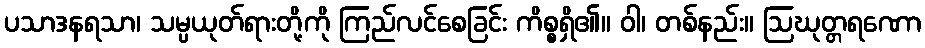
ပသာဒနရသာ၊ သမ္ပယုတ်ရားတို့ကို ကြည်လင်စေခြင်း ကိစ္စရှိ၏။ ဝါ၊ တစ်နည်း။ ဩဃုတ္တရဏော